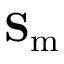
\mathbf { S } _ { \mathrm { m } }